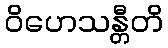
ဝိဟေသန္တီတိ